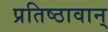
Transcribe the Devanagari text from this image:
प्रतिष्ठावान्